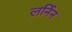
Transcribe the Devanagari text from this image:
लर्निन